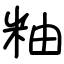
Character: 粙